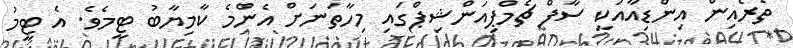
ތެރެއިން އިންޑިއާއަކީ ސާފް ޗެމްޕިއަންޝިޕްގައި މިހާތަނަށް އެންމެ ކާމިޔާބު ޓީމެވެ. އެ ޓީމު